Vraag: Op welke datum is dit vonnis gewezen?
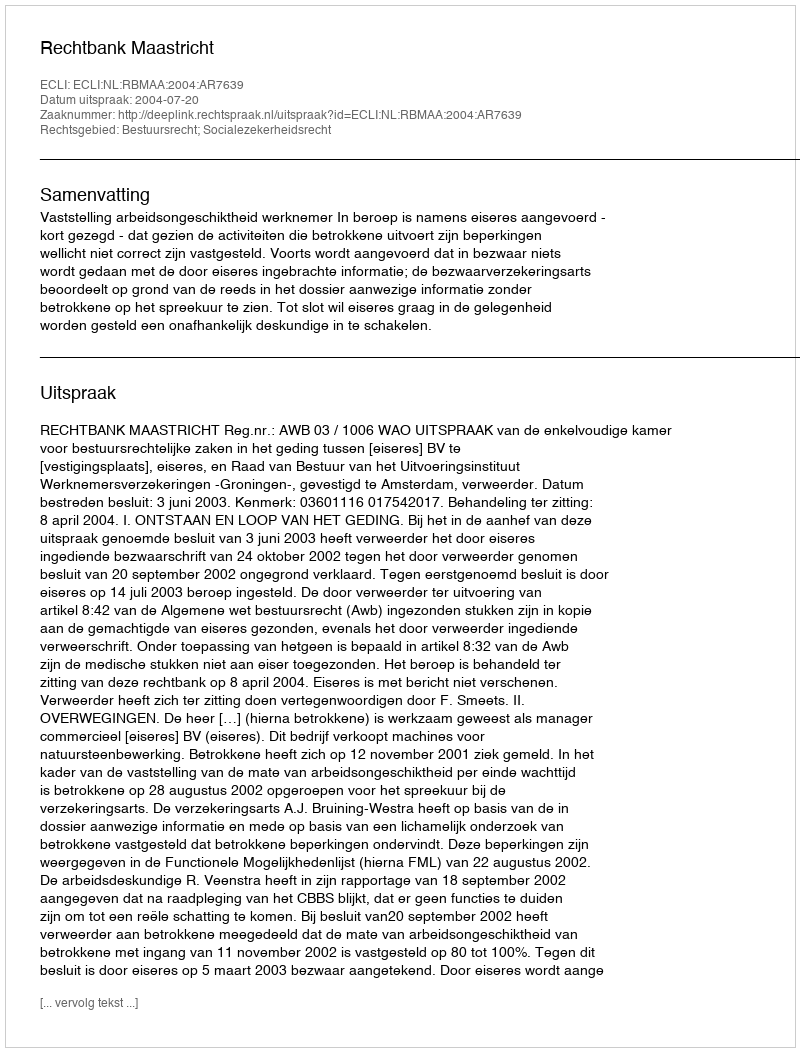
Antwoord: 2004-07-20